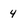
Character: 4